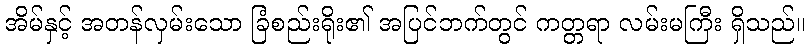
အိမ်နှင့် အတန်လှမ်းသော ခြံစည်းရိုး၏ အပြင်ဘက်တွင် ကတ္တရာ လမ်းမကြီး ရှိသည်။